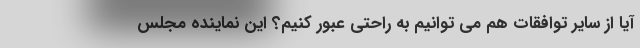
آیا از سایر توافقات هم می توانیم به راحتی عبور کنیم؟ این نماینده مجلس